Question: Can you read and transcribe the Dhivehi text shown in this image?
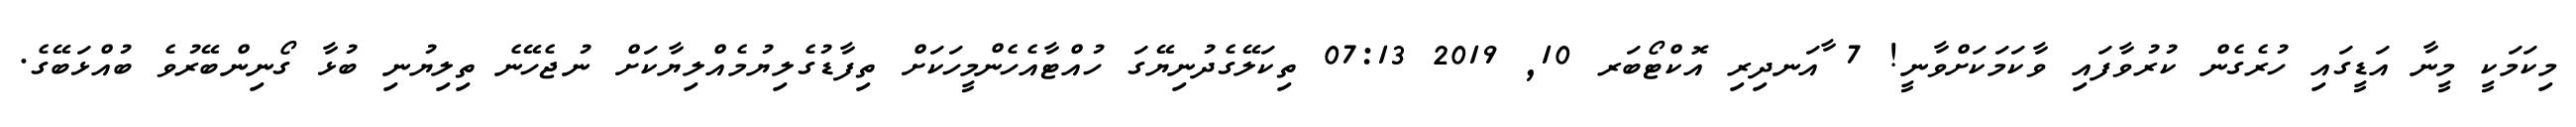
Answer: މިކަމަކީ މީނާ އަޑީގައި ހުރެގެން ކުރުވާފައި ވާކަމަކަށްވާނީ! 7 ާއަނދިރި އޮކްޓޯބަރ 10, 2019 07:13 ތިކަލޭގެދުނިޔޭގަ ހުއްޓާއެހެންމީހަކަށް ތިފާޑުގެލިޔުމެއްލިޔާކަށް ނުޖެހޭނެ ތިލިޔުނި ބުޅާ ގޯނިންބޭރުވެ ބުއްޅަބޭގެ.